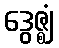
ဒွေဇ္ဈံ